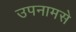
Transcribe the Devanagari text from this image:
उपनामसे